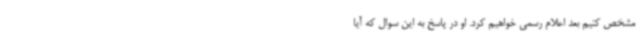
مشخص کنیم بعد اعلام رسمی خواهیم کرد. او در پاسخ به این سوال که آیا